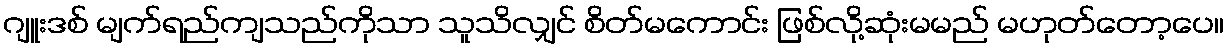
ဂျူးဒစ် မျက်ရည်ကျသည်ကိုသာ သူသိလျှင် စိတ်မကောင်း ဖြစ်လို့ဆုံးမမည် မဟုတ်တော့ပေ။